Cholera in India, 1862 to 1881
Year: 1862
Disease focus: Cholera
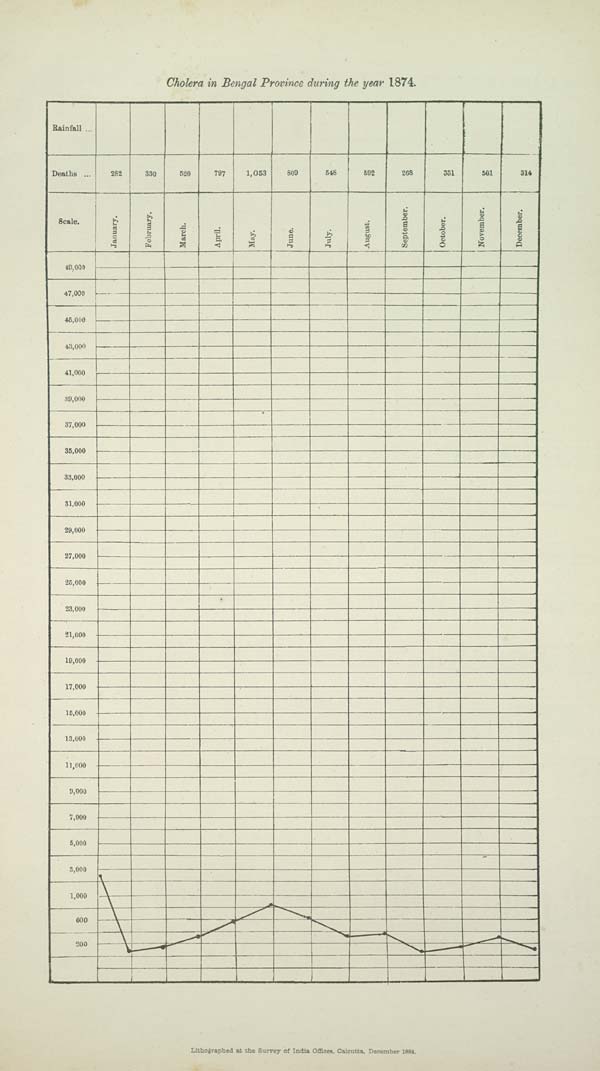
Cholera in Bengal Province during the year 1874.
Lithographed at the Survey of India Offices, Calcutta, December 1884.